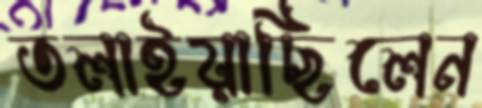
তলাইয়াছিলেন